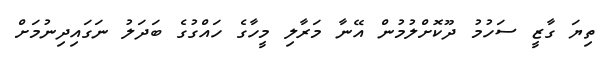
ތިޔަ ގާޒީ ސަހުމު ދޫކޮށްލުމުން އޭނާ މަރާލި މީހާގެ ހައްގުގެ ބަދަލު ނަގައިދިނުމަށް